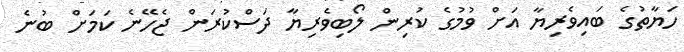
ހަޔާތުގެ ބައިވެރިޔާ އަށް ވުމުގެ ކުރިން ލޯބިވެރިޔާ ދަސްކުރަން ޖެހޭނެ ކަމަށް ބުނެ